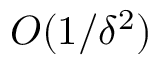
{ \cal O } ( 1 / \delta ^ { 2 } )